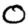
Digit: 0